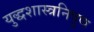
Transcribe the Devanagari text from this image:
युद्धशास्त्रनिपुण